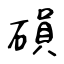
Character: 磒